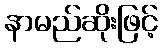
နာမည်ဆိုးဖြင့်